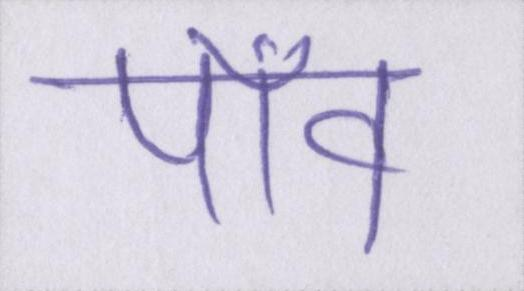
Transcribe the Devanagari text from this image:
पाँव